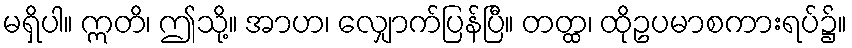
မရှိပါ။ ဣတိ၊ ဤသို့။ အာဟ၊ လျှောက်ပြန်ပြီ။ တတ္ထ၊ ထိုဥပမာစကားရပ်၌။